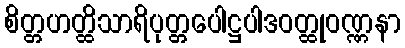
စိတ္တဟတ္ထိသာရိပုတ္တပေါဋ္ဌပါဒဝတ္ထုဝဏ္ဏနာ